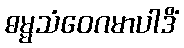
ဓမ္မသံဝေဂမာပါဒိံ